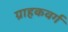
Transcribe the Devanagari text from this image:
ग्राहकवर्ग